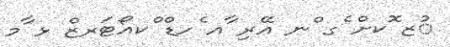
ުޒ ޮކށް ެގ ްނ އޭރި ާއ ެހޑް ްކއޯޓަރޒް ޅ ާމ